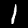
Label: 1